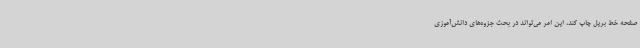
صفحه خط بریل چاپ کند، این امر می‌تواند در بحث جزوه‌های دانش‌آموزی